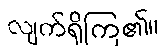
လျက်ရှိကြ၏။